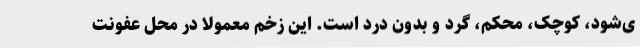
ی‌شود، کوچک، محکم، گرد و بدون درد است. این زخم معمولاً در محل عفونت